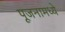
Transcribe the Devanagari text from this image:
पूजनामध्ये